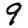
Digit: 9